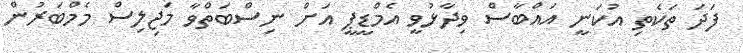
ފަދަ ތަކެތި އުކަނީ އައްބާސް ވިދާޅުވީ އެމްޑީޕީ އަށް ނިސްބަތްވާ މަޖިލިސް މެމްބަރުން